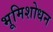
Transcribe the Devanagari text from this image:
भूमिशोधन